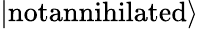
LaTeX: \left|\textrm{notannihilated}\right\rangle